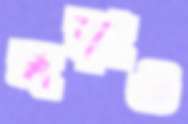
লড়াও